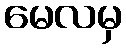
မေလမှ